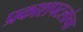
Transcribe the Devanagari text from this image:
प्रकाशपटलांचा